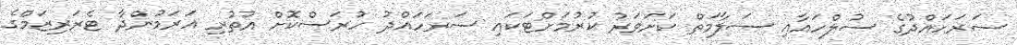
ސަރަހައްދުގެ ސުލްހައާއި ސަލާމަތް ކަށަވަރު ކުރުމަށްޓަކައި ސަރަހައްދު ހުރަސްކޮށް އުތުރި އަރަމުންދާ ޓެރަރިޒަމްގެ